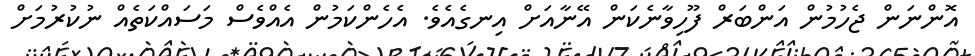
އޮންނަން ޖެހުމުން އަންބަރް ފޫހިވާނެކަން އޭނާއަށް އިނގެއެވެ. އެހެންކަމުން އެއްވެސް މަސައްކަތެއް ނުކުރުމަށް